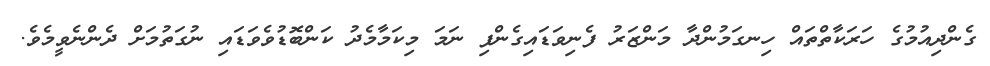
ގެންދިއުމުގެ ހަރަކާތްތައް ހިނގަމުންދާ މަންޒަރު ފެނިވަޑައިގެންފި ނަމަ މިކަމާމެދު ކަންބޮޑުވެވަޑައި ނުގަތުމަށް ދެންނެވީމެވެ.